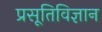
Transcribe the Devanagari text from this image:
प्रसूतिविज्ञान